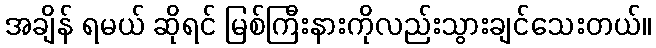
အချိန် ရမယ် ဆိုရင် မြစ်ကြီးနားကိုလည်းသွားချင်သေးတယ်။